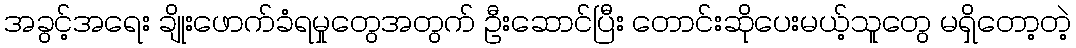
အခွင့်အရေး ချိုးဖောက်ခံရမှုတွေအတွက် ဦးဆောင်ပြီး တောင်းဆိုပေးမယ့်သူတွေ မရှိတော့တဲ့